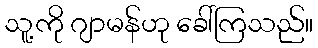
သူ့ကို ဂျာမန်ဟု ခေါ်ကြသည်။